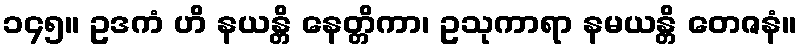
၁၄၅။ ဥဒကံ ဟိ နယန္တိ နေတ္တိကာ၊ ဥသုကာရာ နမယန္တိ တေဇနံ။